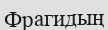
Фрагидың